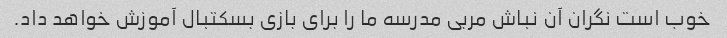
خوب است نگران آن نباش مربی مدرسه ما را برای بازی بسکتبال آموزش خواهد داد.